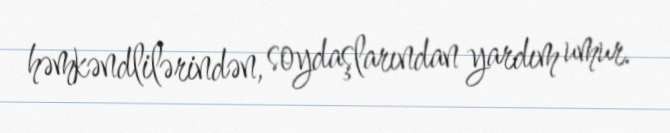
həmkəndlilərindən, soydaşlarından yardım umur.